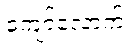
ကျော်လောက်